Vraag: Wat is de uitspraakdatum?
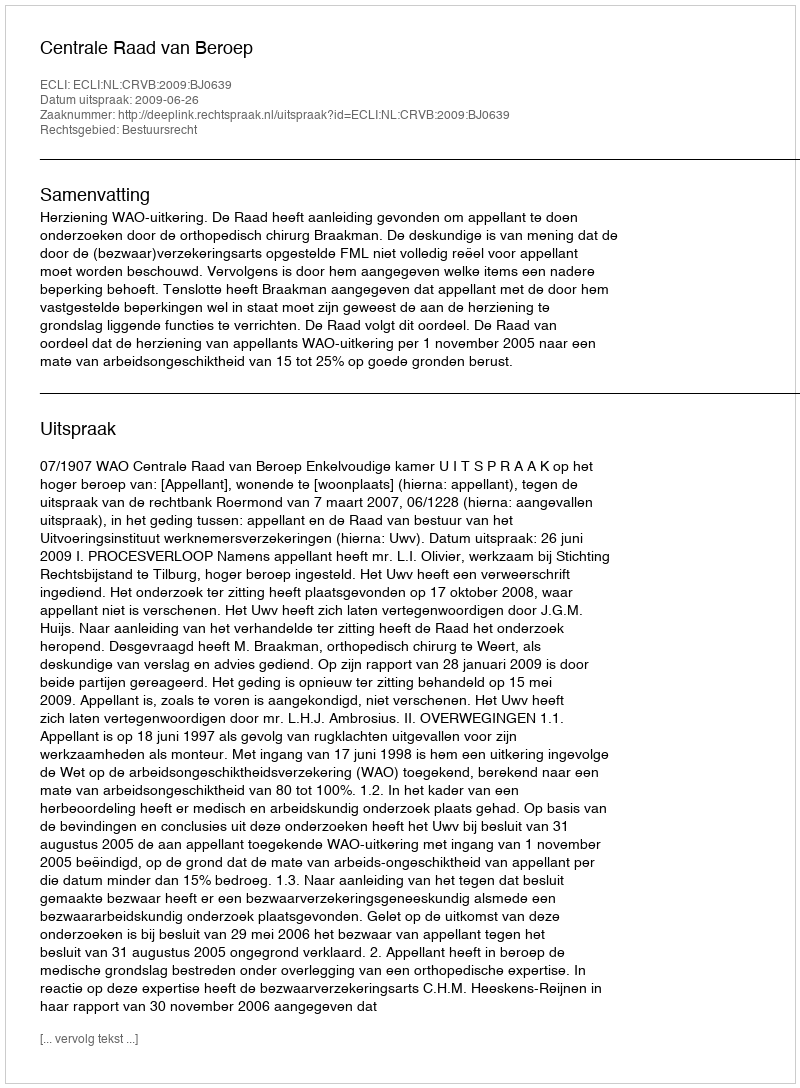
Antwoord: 2009-06-26